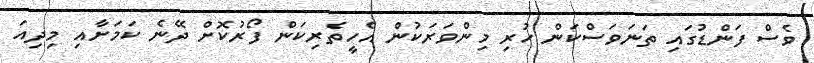
ވެސް ފަންޑުގައި ތަނަވަސްކަން ހުރި މިންވަރަކުން އެހީތެރިކަން ފޯރުކޮށް ދޭނެ ކަމަށާއި މިދިއަ